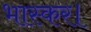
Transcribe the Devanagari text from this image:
भास्कर।